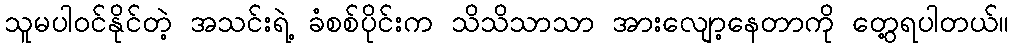
သူမပါဝင်နိုင်တဲ့ အသင်းရဲ့ ခံစစ်ပိုင်းက သိသိသာသာ အားလျော့နေတာကို တွေ့ရပါတယ်။